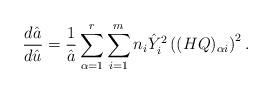
LaTeX: \begin{align*} \frac{d {\hat a}}{d {\hat u}} = \frac{1}{\hat{a}} \sum_{\alpha=1}^r \sum_{i=1}^m n_i {\hat Y}_i^2 \left((HQ)_{\alpha i}\right)^2 .\end{align*}